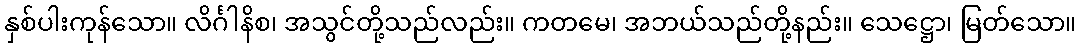
နှစ်ပါးကုန်သော။ လိင်္ဂါနိစ၊ အသွင်တို့သည်လည်း။ ကတမေ၊ အဘယ်သည်တို့နည်း။ သေဋ္ဌော၊ မြတ်သော။